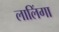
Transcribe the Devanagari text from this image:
लालिंगा